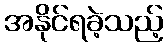
အနိုင်ရခဲ့သည့်